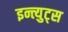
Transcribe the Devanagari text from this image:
इन्त्युट्स